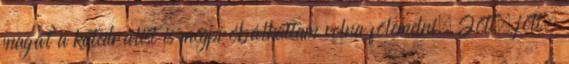
magát a katedrálist is megpróbálhattam volna fölemelni. Jött, jött,